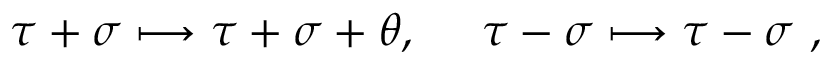
\tau + \sigma \longmapsto \tau + \sigma + \theta , \ \quad \tau - \sigma \longmapsto \tau - \sigma \ ,